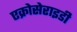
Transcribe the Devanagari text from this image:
एक्रोसेराइडी